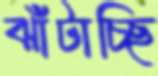
ঝাঁটাচ্ছি